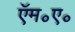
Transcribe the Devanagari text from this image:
ऍम॰ए॰